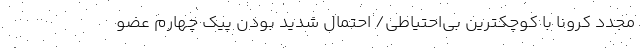
مجدد کرونا با کوچکترین بی‌احتیاطی/ احتمال شدید بودن پیک چهارم عضو